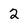
Character: 2